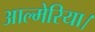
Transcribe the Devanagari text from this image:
आल्मेरिया।